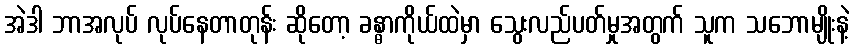
အဲဒါ ဘာအလုပ် လုပ်နေတာတုန်း ဆိုတော့ ခန္ဓာကိုယ်ထဲမှာ သွေးလည်ပတ်မှုအတွက် သူက သဘောမျိုးနဲ့